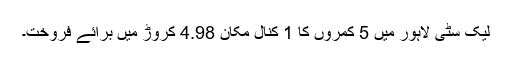
لیک سٹی لاہور میں 5 کمروں کا 1 کنال مکان 4.98 کروڑ میں برائے فروخت۔